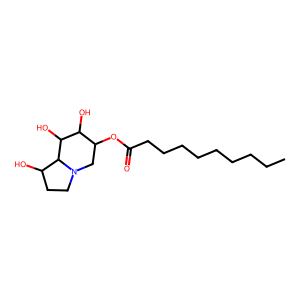
SMILES: CCCCCCCCCC(=O)OC1CN2CCC(O)C2C(O)C1O
Inhibits HIV replication: No